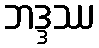
ဘဒ္ဒဿ